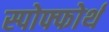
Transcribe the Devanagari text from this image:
स्पोफ्फोर्थ